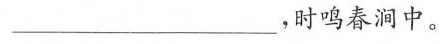
___，时鸣春涧中。